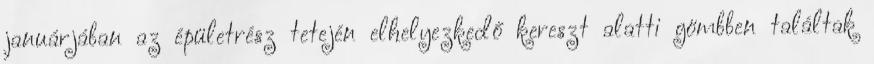
januárjában az épületrész tetején elhelyezkedő kereszt alatti gömbben találtak